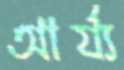
আর্য্য